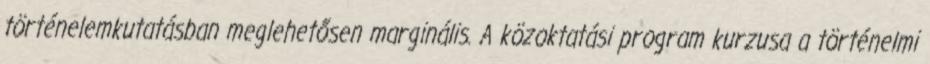
történelemkutatásban meglehetősen marginális. A közoktatási program kurzusa a történelmi